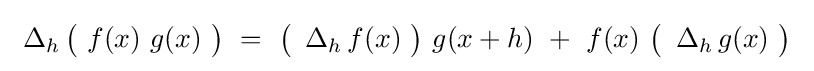
\ \operatorname {\Delta } _{h}{\bigl (}\ f(x)\ g(x)\ {\bigr )}\ =\ {\bigl (}\ \operatorname {\Delta } _{h}f(x)\ {\bigr )}\ g(x+h)\ +\ f(x)\ {\bigl (}\ \operatorname {\Delta } _{h}g(x)\ {\bigr )}~